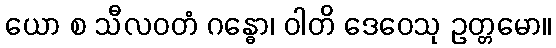
ယော စ သီလဝတံ ဂန္ဓော၊ ဝါတိ ဒေဝေသု ဥတ္တမော။